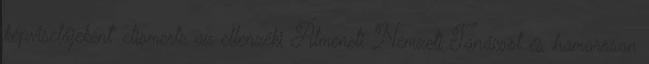
képviselőjeként” elismerte az ellenzéki Átmeneti Nemzeti Tanácsot és hamarosan